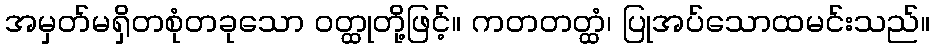
အမှတ်မရှိတစုံတခုသော ဝတ္ထုတို့ဖြင့်။ ကတတတ္ထံ၊ ပြုအပ်သောထမင်းသည်။